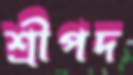
শ্রীপদ